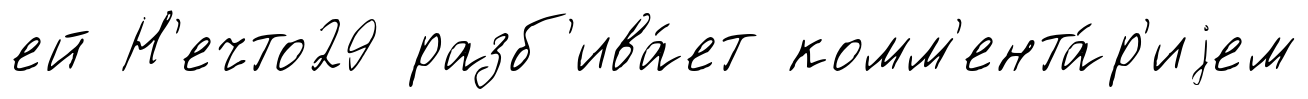
ей Н'ечто29 разб'ива́ет комм'ента́р'иjем